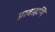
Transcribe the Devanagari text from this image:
प्रावाहणि